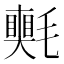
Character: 𣰠